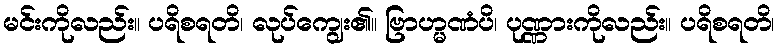
မင်းကိုလည်း။ ပရိစရတိ၊ လုပ်ကျွေး၏။ ဗြာဟ္မဏံပိ၊ ပုဏ္ဏားကိုလည်း။ ပရိစရတိ၊